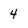
Character: 4